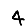
Digit: 4